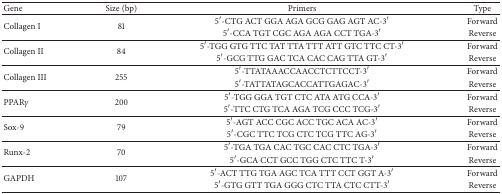
<table><thead><tr><td><b>Gene</b></td><td><b>Size (bp)</b></td><td><b>Primers</b></td><td><b>Type</b></td></tr></thead><tbody><tr><td rowspan="2">Collagen I</td><td rowspan="2">81</td><td>5′-CTG ACT GGA AGA GCG GAG AGT AC-3′</td><td>Forward</td></tr><tr><td>5′-CCA TGT CGC AGA AGA CCT TGA-3′</td><td>Reverse</td></tr><tr><td rowspan="2">Collagen II</td><td rowspan="2">84</td><td>5′-TGG GTG TTC TAT TTA TTT ATT GTC TTC CT-3′</td><td>Forward</td></tr><tr><td>5′-GCG TTG GAC TCA CAC CAG TTA GT-3′</td><td>Reverse</td></tr><tr><td rowspan="2">Collagen III</td><td rowspan="2">255</td><td>5′-TTATAAACCAACCTCTTCCT-3′</td><td>Forward</td></tr><tr><td>5′-TATTATAGCACCATTGAGAC-3′</td><td>Reverse</td></tr><tr><td rowspan="2"> PPAR<i>γ</i></td><td rowspan="2">200</td><td>5′-TGG GGA TGT CTC ATA ATG CCA-3′</td><td>Forward</td></tr><tr><td>5′-TTC CTG TCA AGA TCG CCC TCG-3′</td><td>Reverse</td></tr><tr><td rowspan="2">Sox-9</td><td rowspan="2">79</td><td>5′-AGT ACC CGC ACC TGC ACA AC-3′</td><td>Forward</td></tr><tr><td>5′-CGC TTC TCG CTC TCG TTC AG-3′</td><td>Reverse</td></tr><tr><td rowspan="2">Runx-2</td><td rowspan="2">70</td><td>5′-TGA TGA CAC TGC CAC CTC TGA-3′</td><td>Forward</td></tr><tr><td>5′-GCA CCT GCC TGG CTC TTC T-3′</td><td>Reverse</td></tr><tr><td rowspan="2">GAPDH</td><td rowspan="2">107</td><td>5′-ACT TTG TGA AGC TCA TTT CCT GGT A-3′</td><td>Forward</td></tr><tr><td>5′-GTG GTT TGA GGG CTC TTA CTC CTT-3′</td><td>Reverse</td></tr></tbody></table>